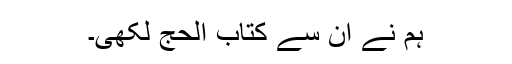
ہم نے ان سے کتاب الحج لکھی۔